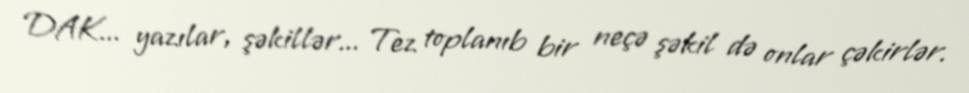
DAK... yazılar, şəkillər... Tez toplanıb bir neçə şəkil də onlar çəkirlər.